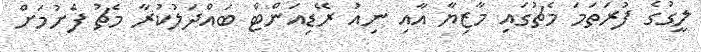
ލީގުގެ ފުރަތަމަ މެޗުގައި މާޒިޔާ އާއި ނިއު ރޭޑިއަންޓް ބައްދަލުކުރާ މެޗު ފެށުމަށް